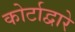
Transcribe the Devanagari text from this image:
कोर्टाद्वारे